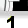
Digit: 1